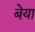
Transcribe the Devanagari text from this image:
बेया